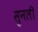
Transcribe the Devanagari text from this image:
सुनली